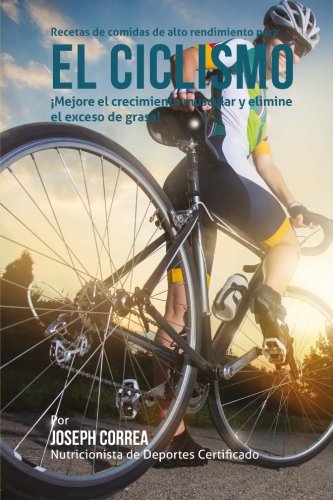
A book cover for Recetas de comidas de alto rendimiento para el Ciclismo: Mejore el crecimiento muscular y elimine el exceso de grasa! (Spanish Edition); Joseph Correa (Nutricionista de Deportes Certificado); Sports & Outdoors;